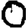
Digit: 0